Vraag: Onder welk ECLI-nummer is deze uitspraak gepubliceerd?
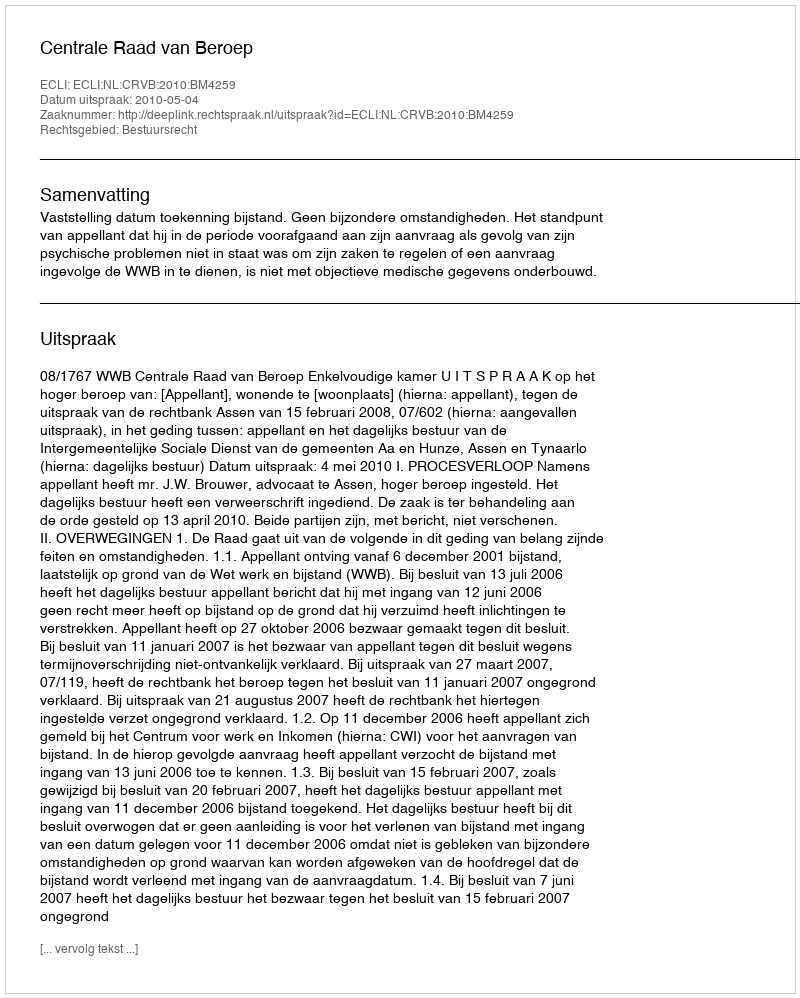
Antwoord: ECLI:NL:CRVB:2010:BM4259